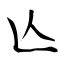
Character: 亾